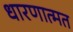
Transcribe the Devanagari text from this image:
धारणात्मत